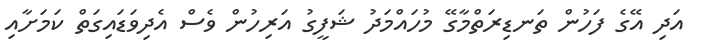
އަދި އޭގެ ފަހުން ތަނޑިރަތްމާގޭ މުހައްމަދު ޝަފީގު އަރިހުން ވެސް އެދިވަޑައިގަތް ކަމަށާއި